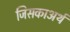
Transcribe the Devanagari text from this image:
जिसकाअर्थ